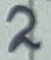
Text: 3